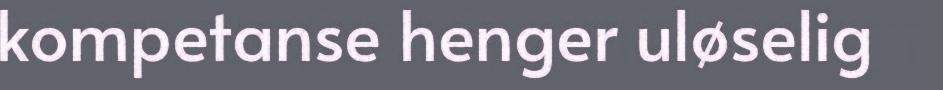
kompetanse henger uløselig